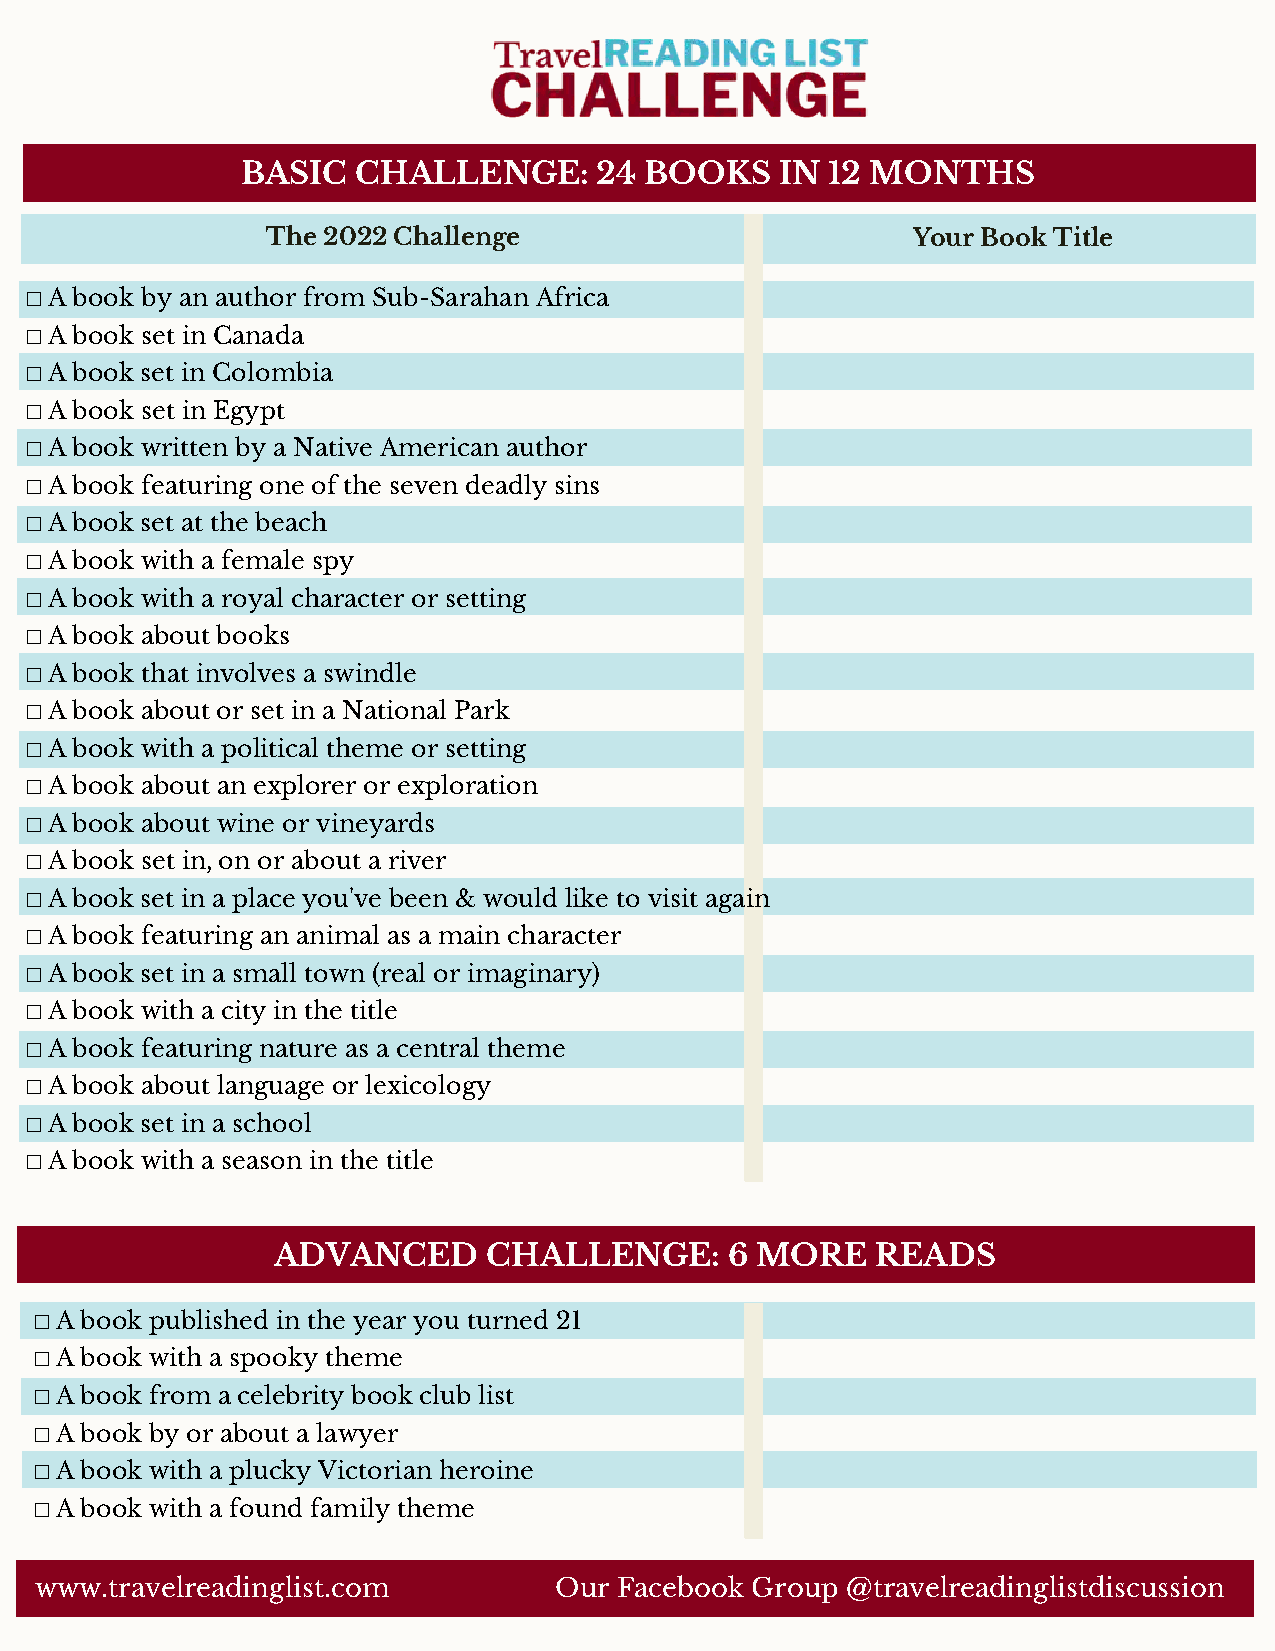
BASIC   CHALLENGE:      24 BOOKS    IN 12 MONTHS
 The 2022 Challenge                        Your Book Title
 ⬜ A book by an author from Sub-Sarahan Africa
 ⬜ A book set in Canada
 ⬜ A book set in Colombia
 ⬜ A book set in Egypt
 ⬜ A book written by a Native American author
 ⬜ A book featuring one of the seven deadly sins
 ⬜ A book set at the beach
 ⬜ A book with a female spy
 ⬜ A book with a royal character or setting
 ⬜ A book about books
 ⬜ A book that involves a swindle
 ⬜ A book about or set in a National Park
 ⬜ A book with a political theme or setting
 ⬜ A book about an explorer or exploration
 ⬜ A book about wine or vineyards
 ⬜ A book set in, on or about a river
 ⬜ A book set in a place you've been & would like to visit again
 ⬜ A book featuring an animal as a main character
 ⬜ A book set in a small town (real or imaginary)
 ⬜ A book with a city in the title
 ⬜ A book featuring nature as a central theme
 ⬜ A book about language or lexicology
 ⬜ A book set in a school
 ⬜ A book with a season in the title
 ADVANCED      CHALLENGE:      6 MORE    READS
 First Aid
 ⬜ A book published in the year you turned 21
 ⬜ A book with a spooky theme
 ⬜ A book from a celebrity book club list
 ⬜ A book by or about a lawyer
 ⬜ A book with a plucky Victorian heroine
 ⬜ A book with a found family theme
 www.travelreadinglist.com          Our Facebook Group @travelreadinglistdiscussion